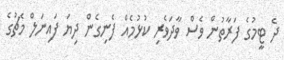
ދެ ޓީމުގެ ފަރާތުން ވެސް ވާދަވެރި ކުޅުމެއް ފެނިގެން ދިޔަ ފައިނަލް މެޗުގެ